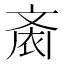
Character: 𱌙